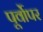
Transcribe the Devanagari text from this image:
पूर्वोपर